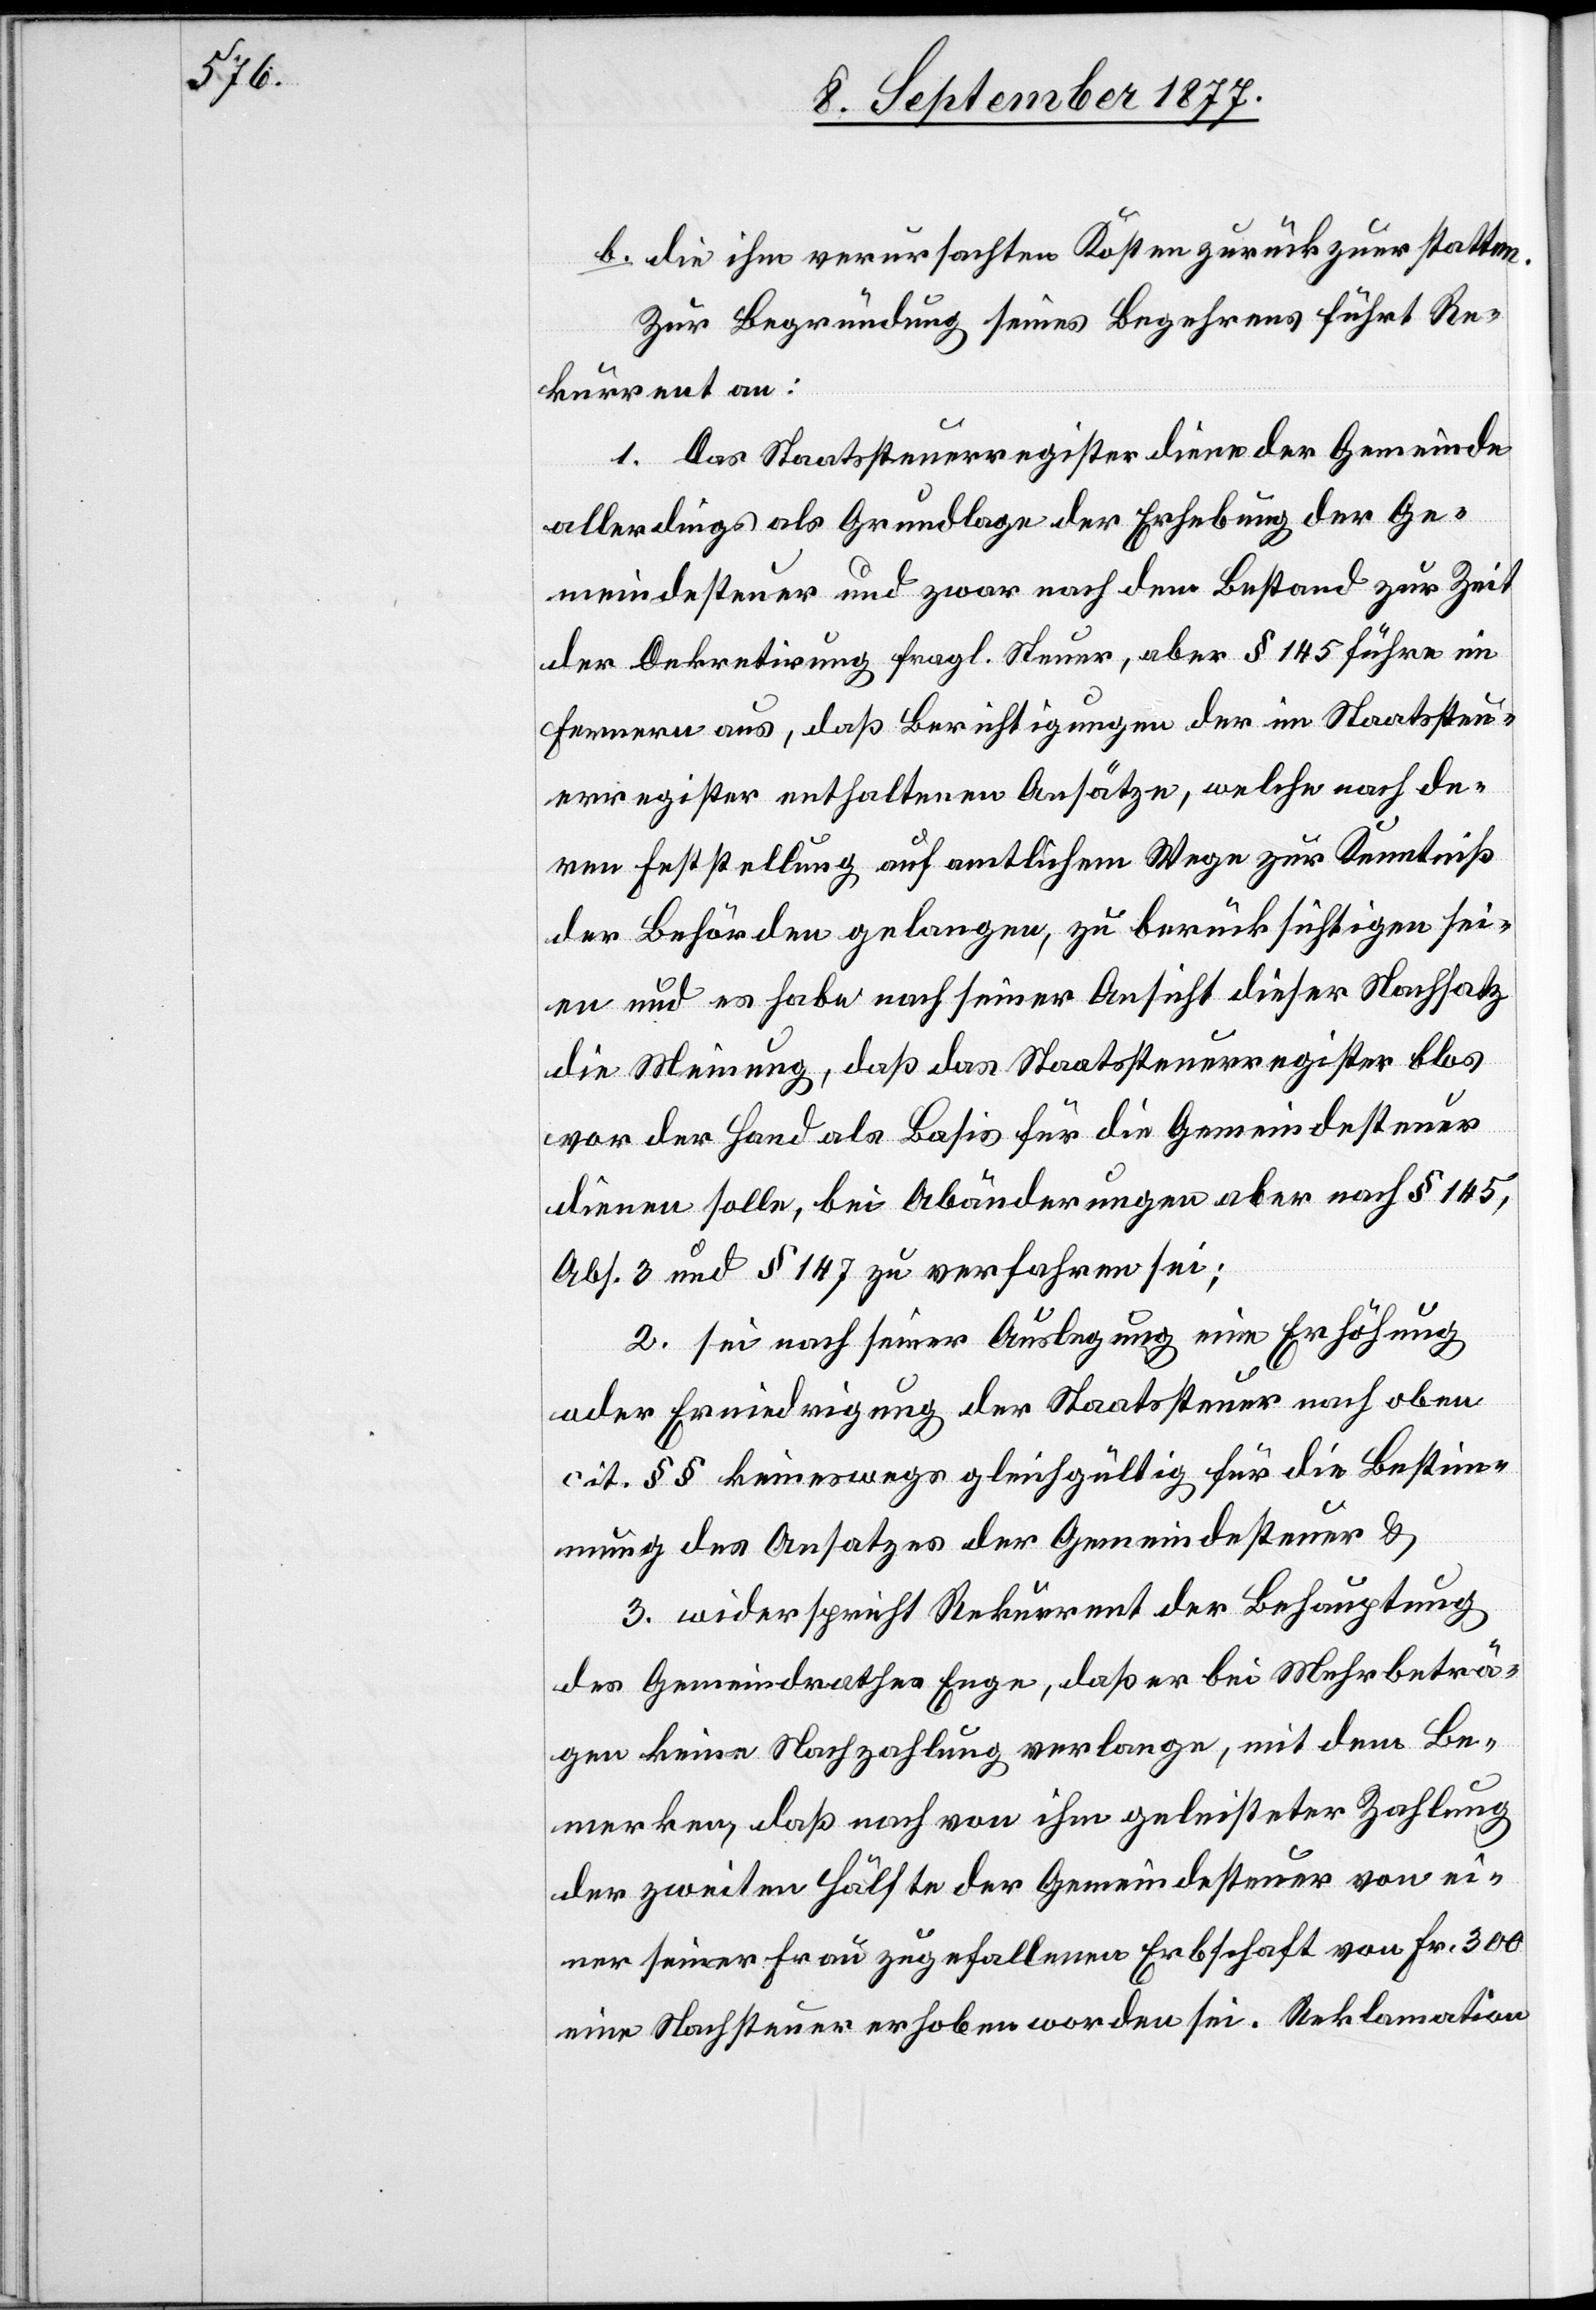
die ihm verursachten Kosten zurückzuerstatten.
Zur Begründung seines Begehrens führt Re¬
kurrent an:
1. Das Staatssteuerregister diene der Gemeinde
allerdings als Grundlage der Erhebung der Ge¬
meindesteuer und zwar nach dem Bestand zur Zeit
der Dekretirung fragl. Steuer, aber § 145 führe im
Fernern aus, daß Berichtigungen der im Staatssteu¬
erregister enthaltenen Ansätze, welche nach de¬
ren Feststellung auf amtlichem Wege zur Kenntniß
der Behörden gelangen, zu berücksichtigen sei¬
en und es habe nach seiner Ansicht dieser Nachsatz
die Meinung, daß das Staatssteuerregister blos
vor der Hand als Basis für die Gemeindesteuer
dienen solle, bei Abänderungen aber nach § 145,
Abs. 3 und § 147 zu verfahren sei;
2. sei nach seiner Auslegung eine Erhöhung
oder Erniedrigung der Staatssteuer nach oben
cit. §§ keineswegs gleichgültig für die Bestim¬
mung des Ansatzes der Gemeindesteuer &
3. widerspricht Rekurrent der Behauptung
des Gemeindrathes Enge, daß er bei Mehrbeträ¬
gen keine Nachzahlung verlange, mit dem Be¬
merken, daß nach von ihm geleisteter Zahlung
der zweiten Hälfte der Gemeindesteuer von ei¬
ner seiner Frau zugefallenen Erbschaft von Fr. 300
eine Nachsteuer erhoben worden sei. Reklamation